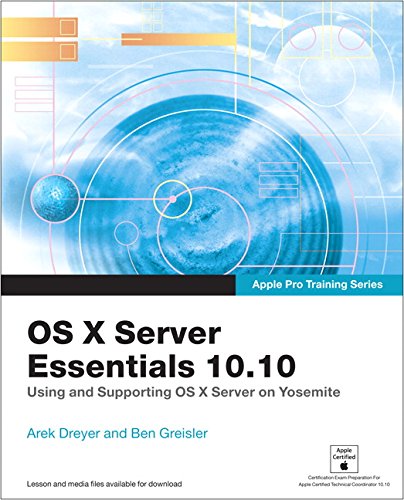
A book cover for Apple Pro Training Series: OS X Server Essentials 10.10: Using and Supporting OS X Server on Yosemite; Arek Dreyer; Computers & Technology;